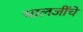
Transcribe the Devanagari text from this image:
भालजींचे